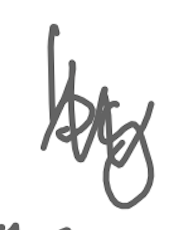
Text: by
Cross-out: zig-zag
Writing tool: digital_gray